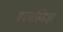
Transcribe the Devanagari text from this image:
एकास्मिज्म़